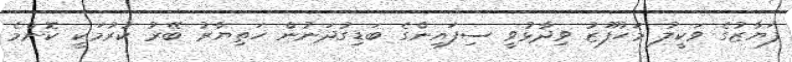
ފަޔާޒުގެ ވަކީލު މަހުފޫޒު ވިދާޅުވީ ސިފައިންގެ ބަޑިގުދަނުން ހަތިޔާރު ބޭރު ކުރުމަކީ ކޮންމެ